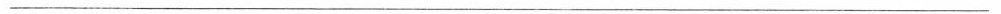
___